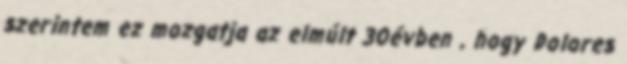
szerintem ez mozgatja az elmúlt 30évben , hogy Dolores